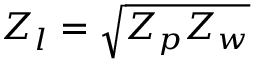
Z _ { l } = \sqrt { Z _ { p } Z _ { w } }